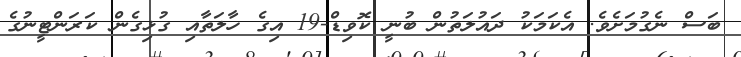
ބަސް ނެގުމަށެވެ. އެކަމަކު ދައުލަތުން ބުނީ ކޮވިޑް-19 އިގެ ހާލަތާއި ގުޅިގެން ކަރަންޓީނުގެ